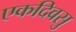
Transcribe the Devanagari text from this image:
एकदिवसु